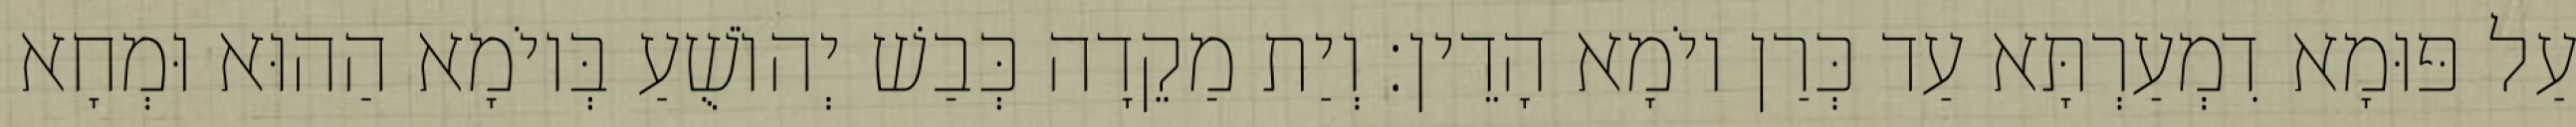
עַל פּוּמָא דִמְעַרְתָּא עַד כְּרַן יוֹמָא הָדֵין׃ וְיַת מַקֵדָה כְּבַשׁ יְהוֹשֻׁעַ בְּיוֹמָא הַהוּא וּמְחָא